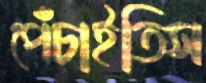
পেঁচাইতিস